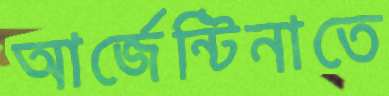
আর্জেন্টিনাতে